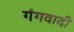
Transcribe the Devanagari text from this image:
गंगवादी